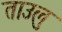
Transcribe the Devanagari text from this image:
ताउलु